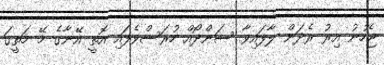
ޖެހުނު އިރު ރެދަން ލާފައިވާ ސަންދޯއް ހުރަސްވެފައި އޮތީ އޭނާގެ މޭ މަތީގަ